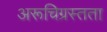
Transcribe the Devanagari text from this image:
अरूचिग्रस्तता